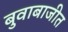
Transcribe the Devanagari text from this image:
बुवाबाजीत